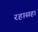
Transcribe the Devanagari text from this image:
रहासहा